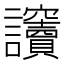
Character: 𧮡